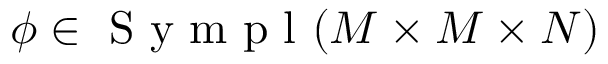
\phi \in \textup { S y m p l } ( M \times M \times N )